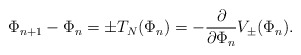
\begin{align*}\Phi_{n+1}-\Phi_n=\pm T_N(\Phi_n)=-\frac{\partial}{\partial \Phi_n}V_\pm(\Phi_n).\end{align*}